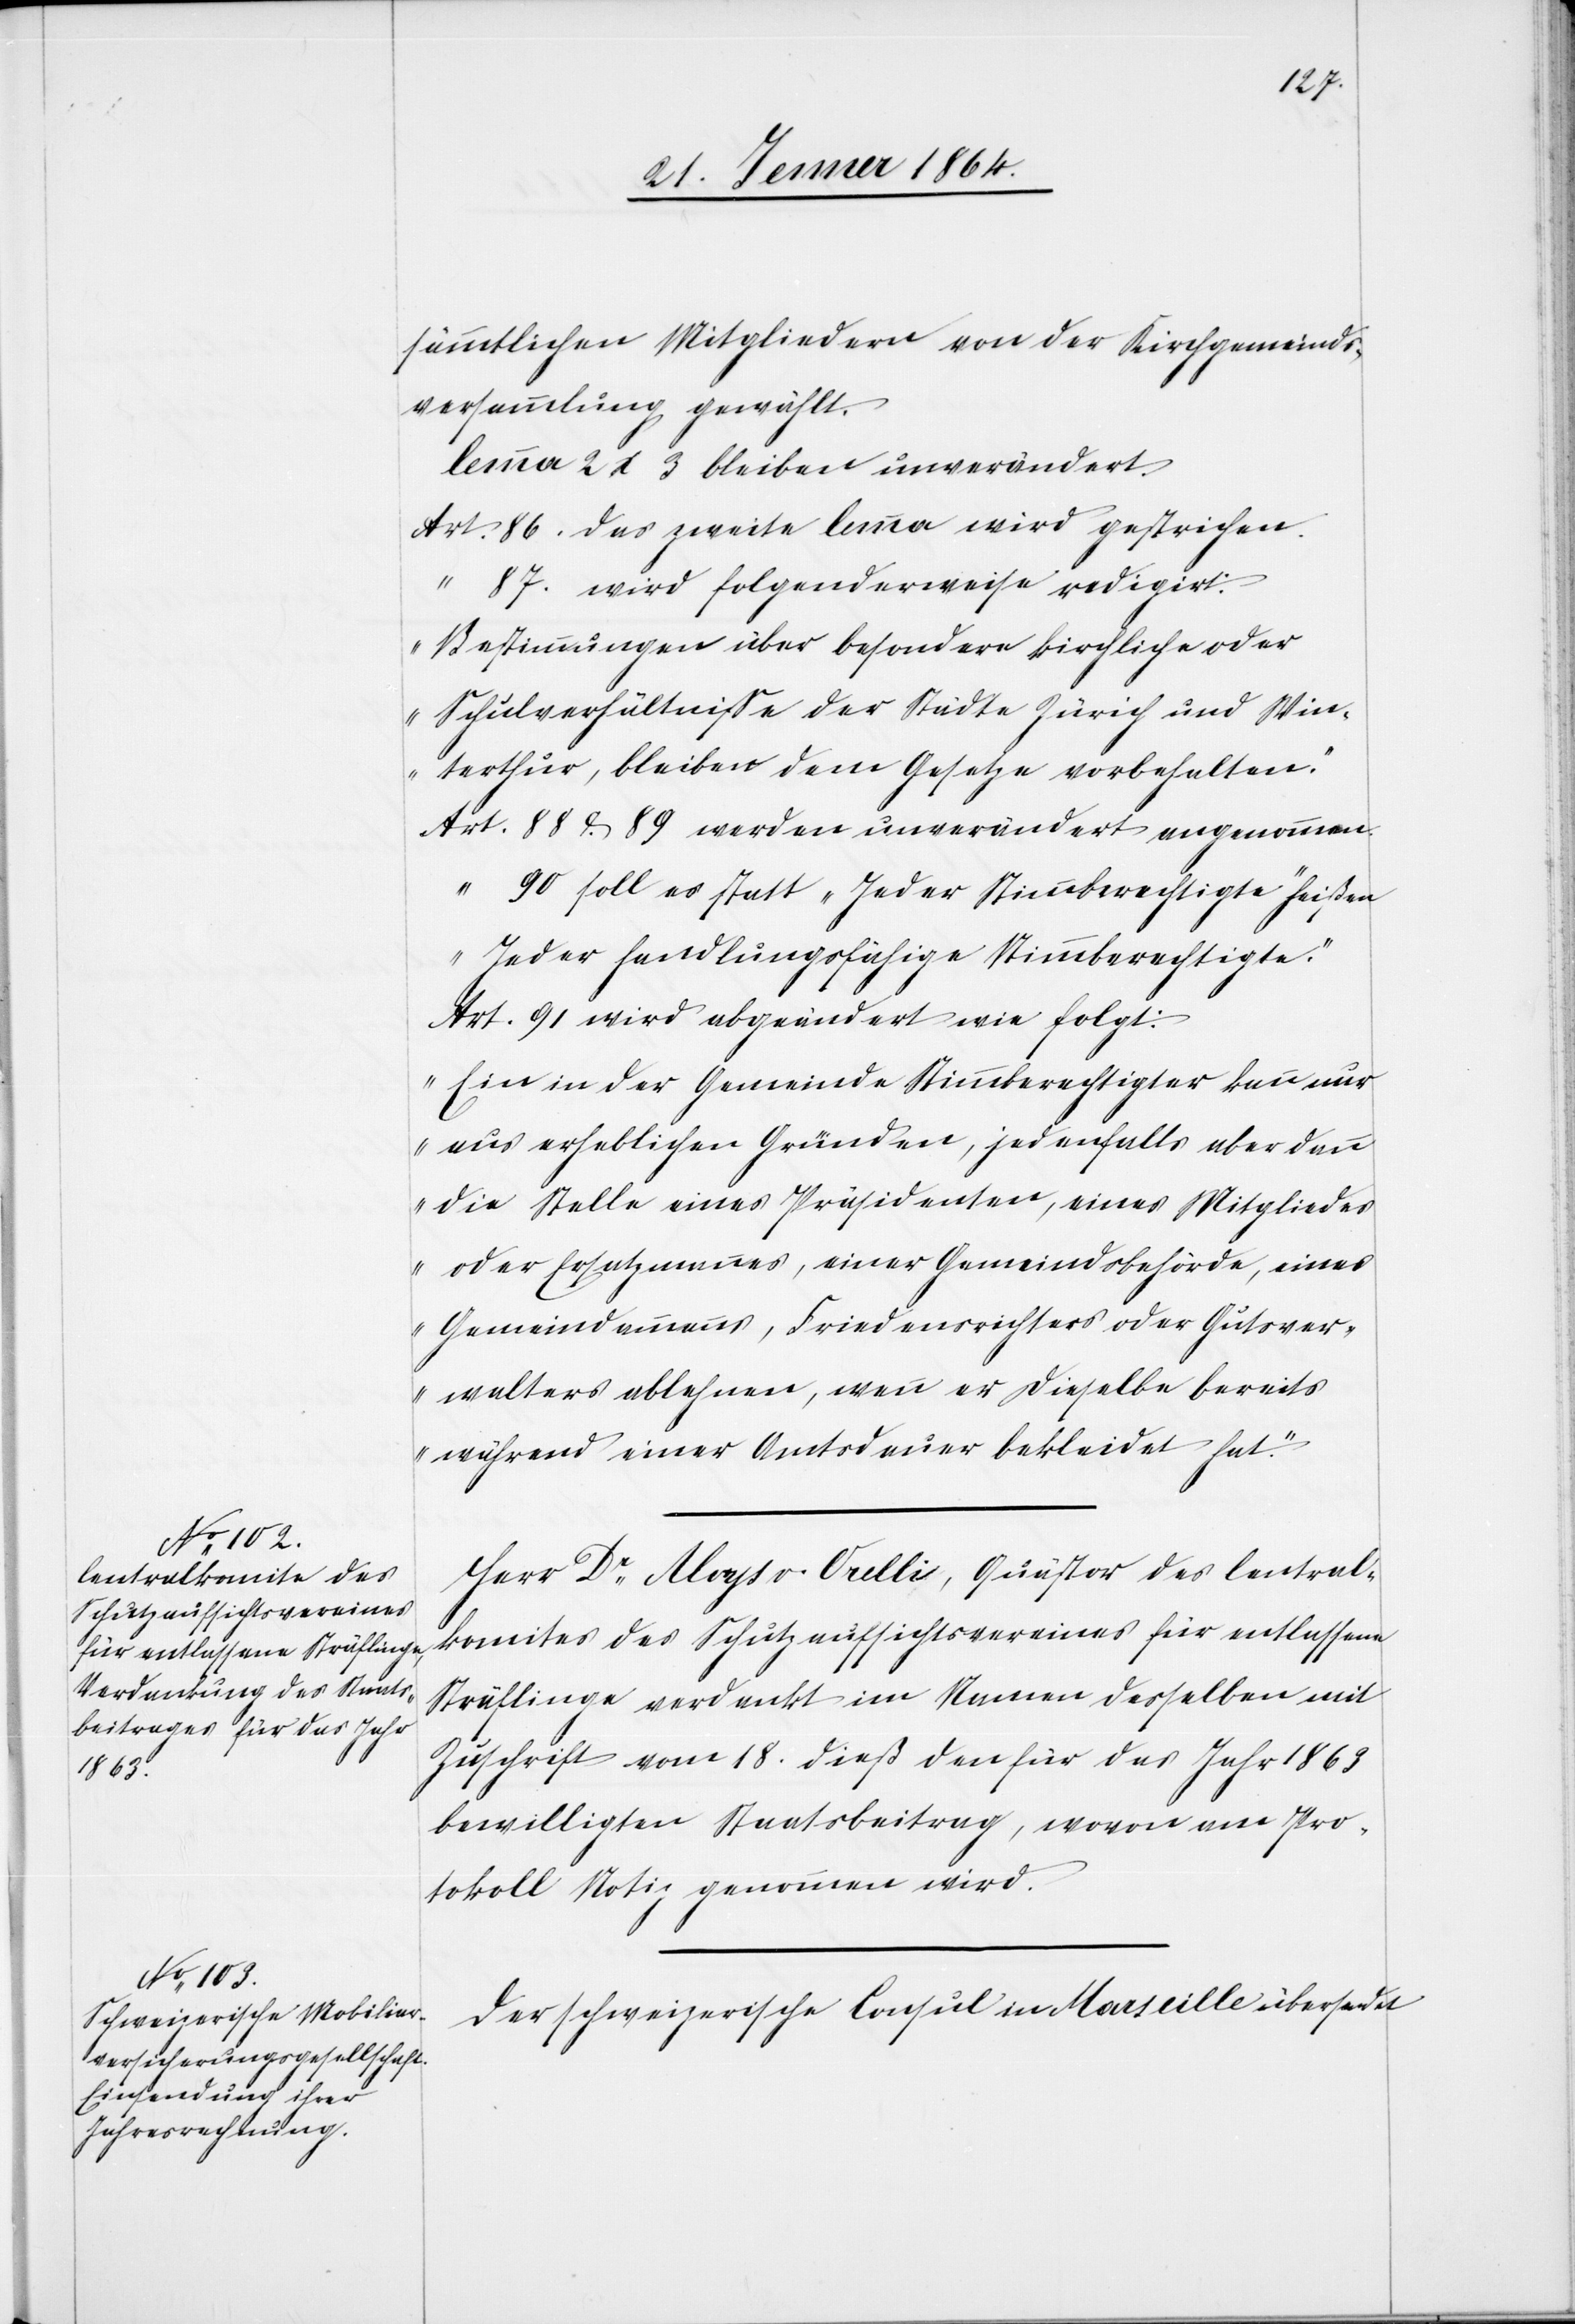
sämmtlichen Mitgliedern von der Kirchgemeinds¬
versammlung gewählt.“
lemma 2 & 3 bleiben unverändert.
Art.	86 das zweite lemma wird gestrichen.
“	87. wird folgenderweise redigirt:
„Bestimmungen über besondere kirchliche oder
Schulverhältnisse der Städte Zürich und Win¬
terthur, bleiben dem Gesetze vorbehalten.“
Art.	88 &. 89 werden unverändert angenommen.
“	90 soll es statt „Jeder Stimmberechtigte“ heißen
„Jeder handlungsfähige Stimmberechtigte.“
Art. 91 wird abgeändert wie folgt:
„Ein in der Gemeinde Stimmberechtigter kann nur
aus erheblichen Gründen, jedenfalls aber dann
die Stelle eines Präsidenten, eines Mitgliedes
oder Ersatzmannes, einer Gemeindsbehörde, eines
Gemeindammanns, Friedensrichters oder Gutsver¬
walters ablehnen, wenn er dieselbe bereits
während einer Amtsdauer bekleidet hat.“
Herr Dr Aloys v. Orelli, Quästor des Central¬
komites des Schutzaufsichtsvereins für entlassene
Sträflinge verdankt im Namen desselben mit
Zuschrift vom 18. dieß den für das Jahr 1863
bewilligten Staatsbeitrag, wovon am Pro¬
tokoll Notiz genommen wird.
Der schweizerische Consul in Marseille übersendet